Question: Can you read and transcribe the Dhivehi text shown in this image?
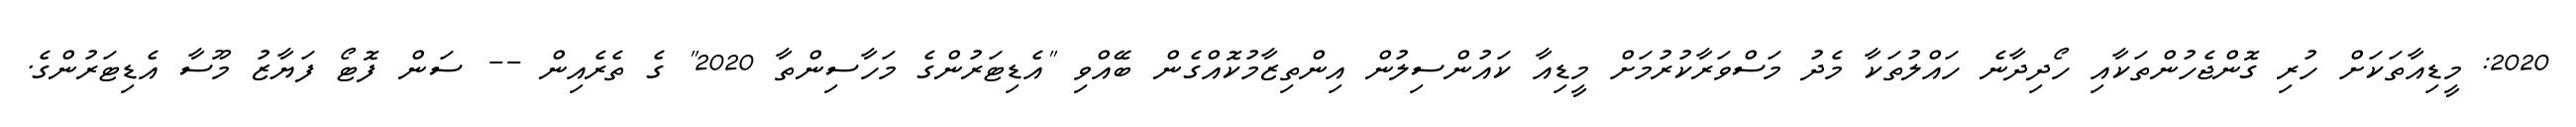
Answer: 2020: މީޑިއާތަކަށް ހުރި ގޮންޖެހުންތަކާއި ހޯދިދާނެ ހައްލުތަކާ މެދު މަސްވަރާކުރުމަށް މީޑިއާ ކައުންސިލުން އިންތިޒާމުކޮއްގެން ބޭއްވި "އެޑިޓަރުންގެ މަހާސިންތާ 2020" ގެ ތެރެއިން -- ސަން ފޮޓޯ ފަޔާޒު މޫސާ އެޑިޓަރުންގެ.